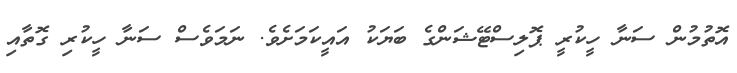
އޮތުމުން ސަނާ ހީކުރީ ޕޮލިސްޓޭޝަންގެ ބަޔަކު އައީކަމަށެވެ. ނަމަވެސް ސަނާ ހީކުރި ގޮތާއި